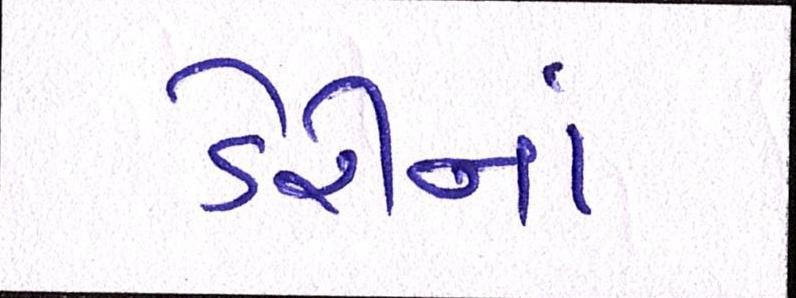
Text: ડેરીનાં